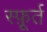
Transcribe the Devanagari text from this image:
स्फ़ूर्त